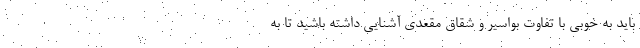
باید به خوبی با تفاوت بواسیر و شقاق مقعدی آشنایی داشته باشید تا به